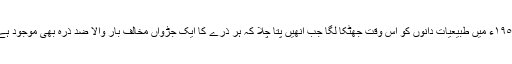
١٩٥٠ء میں طبیعیات دانوں کو اس وقت جھٹکا لگا جب انھیں پتا چلا کہ ہر ذرّے کا ایک جڑواں مخالف بار والا ضد ذرّہ بھی موجود ہے۔